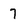
Character: 7